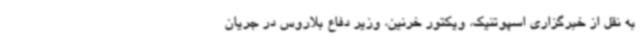
به نقل از خبرگزاری اسپوتنیک، ویکتور خرنین، وزیر دفاع بلاروس در جریان